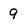
Character: 9